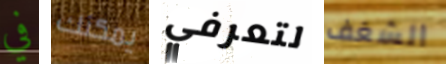
في يمكنك لتعرفي الشغف